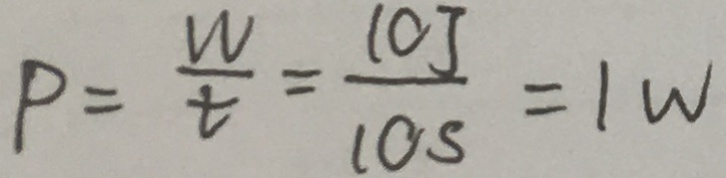
P = \frac { W } { t } = \frac { 1 0 J } { 1 0 s } = 1 w